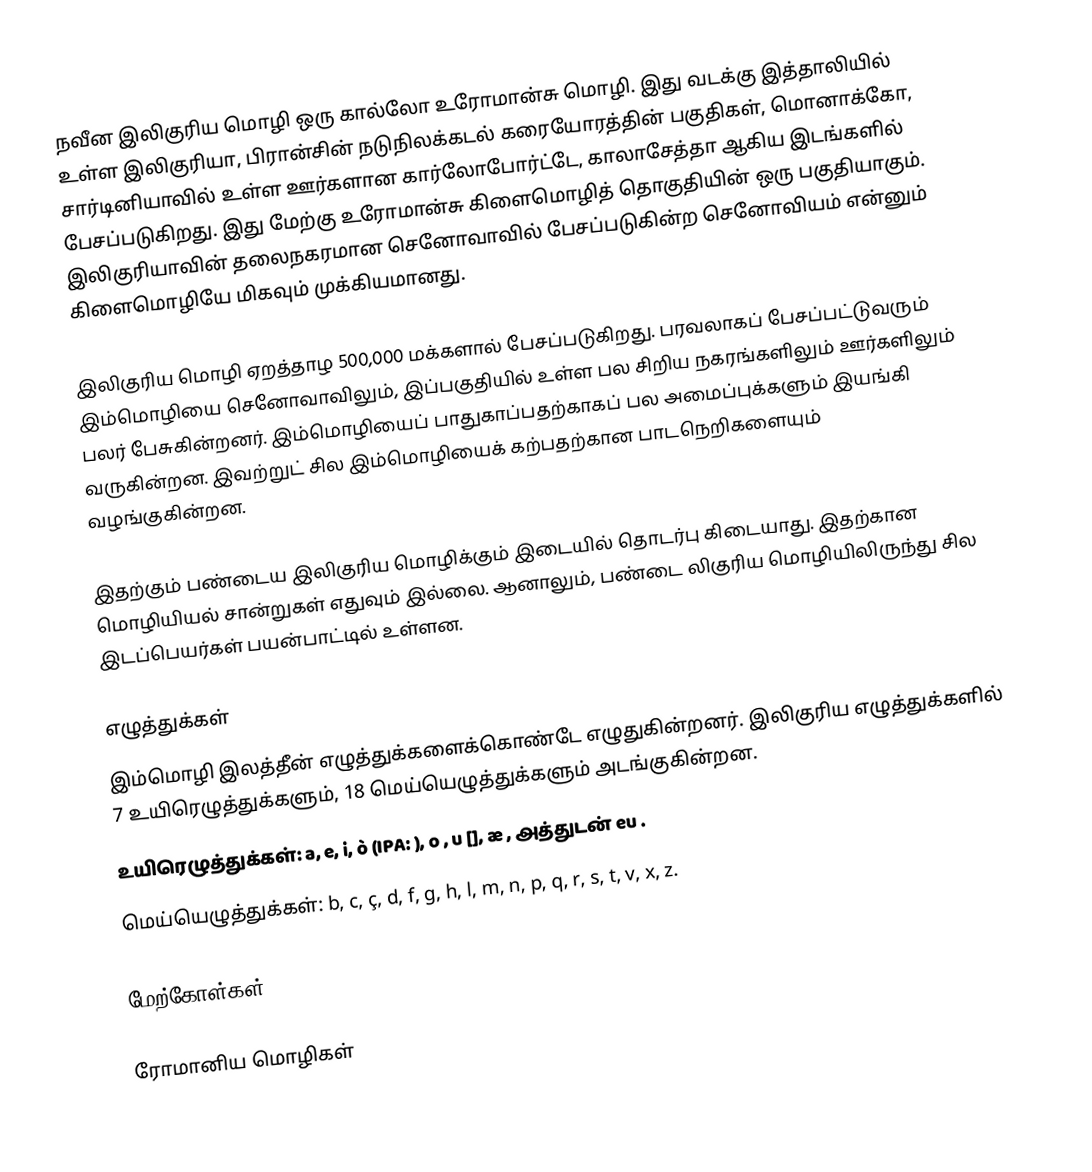
நவீன இலிகுரிய மொழி ஒரு கால்லோ உரோமான்சு மொழி. இது வடக்கு இத்தாலியில் உள்ள இலிகுரியா, பிரான்சின் நடுநிலக்கடல் கரையோரத்தின் பகுதிகள், மொனாக்கோ, சார்டினியாவில் உள்ள ஊர்களான கார்லோபோர்ட்டே, காலாசேத்தா ஆகிய இடங்களில் பேசப்படுகிறது. இது மேற்கு உரோமான்சு கிளைமொழித் தொகுதியின் ஒரு பகுதியாகும். இலிகுரியாவின் தலைநகரமான செனோவாவில் பேசப்படுகின்ற செனோவியம் என்னும் கிளைமொழியே மிகவும் முக்கியமானது.

இலிகுரிய மொழி ஏறத்தாழ 500,000 மக்களால் பேசப்படுகிறது. பரவலாகப் பேசப்பட்டுவரும் இம்மொழியை செனோவாவிலும், இப்பகுதியில் உள்ள பல சிறிய நகரங்களிலும் ஊர்களிலும் பலர் பேசுகின்றனர். இம்மொழியைப் பாதுகாப்பதற்காகப் பல அமைப்புக்களும் இயங்கி வருகின்றன. இவற்றுட் சில இம்மொழியைக் கற்பதற்கான பாடநெறிகளையும் வழங்குகின்றன.

இதற்கும் பண்டைய இலிகுரிய மொழிக்கும் இடையில் தொடர்பு கிடையாது. இதற்கான மொழியியல் சான்றுகள் எதுவும் இல்லை. ஆனாலும், பண்டை லிகுரிய மொழியிலிருந்து சில இடப்பெயர்கள் பயன்பாட்டில் உள்ளன.

எழுத்துக்கள்
இம்மொழி இலத்தீன் எழுத்துக்களைக்கொண்டே எழுதுகின்றனர். இலிகுரிய எழுத்துக்களில் 7 உயிரெழுத்துக்களும், 18 மெய்யெழுத்துக்களும் அடங்குகின்றன.
உயிரெழுத்துக்கள்: a, e, i, ò (IPA: ), o , u [], æ , அத்துடன் eu .
மெய்யெழுத்துக்கள்: b, c, ç, d, f, g, h, l, m, n, p, q, r, s, t, v, x, z.

மேற்கோள்கள்

ரோமானிய மொழிகள்